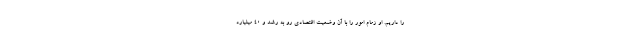
را داریم. او زمام امور را با آن وضعیت اقتصادی رو به رشد و ۴۰ میلیارد